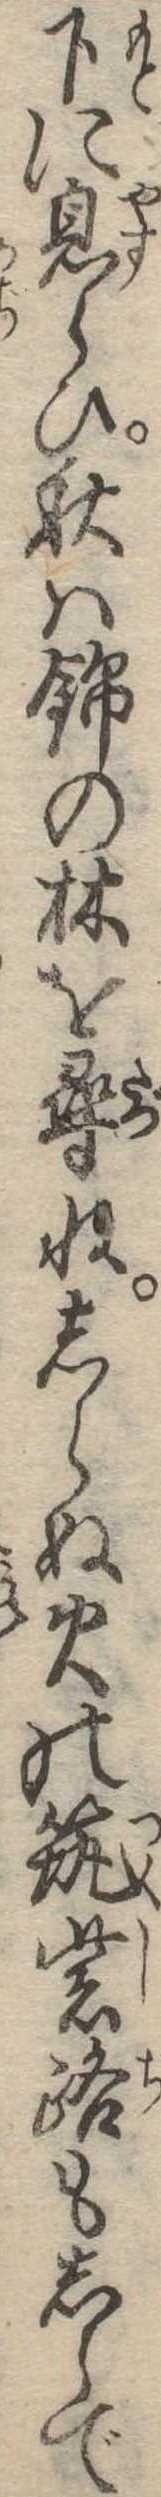
下に息らひ秋は錦の林を尋ねしらぬ火の筑紫路もしらで